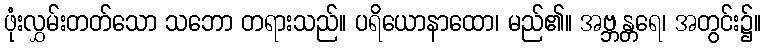
ဖုံးလွှမ်းတတ်သော သဘော တရားသည်။ ပရိယောနာထော၊ မည်၏။ အဗ္ဘန္တရေ၊ အတွင်း၌။